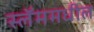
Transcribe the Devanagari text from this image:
स्लॅममधील